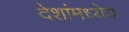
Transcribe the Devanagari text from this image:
देशांमध्येच